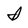
Character: I